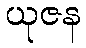
ယုဇန